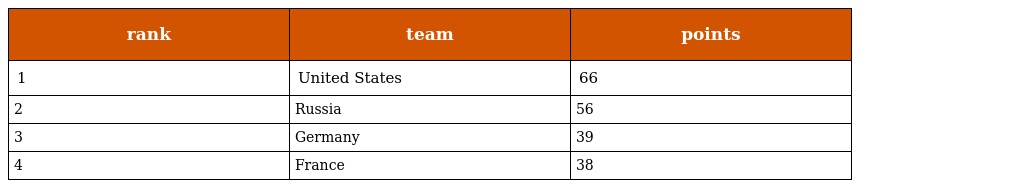
| rank | team | points |
 | --- | --- | --- |
 | 1 | United States | 66 |
 | 2 | Russia | 56 |
 | 3 | Germany | 39 |
 | 4 | France | 38 |